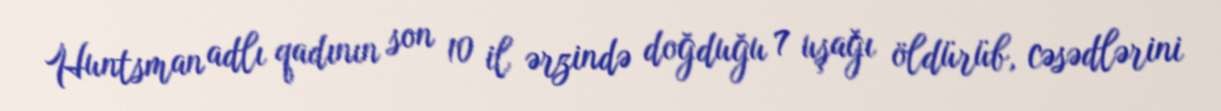
Huntsman adlı qadının son 10 il ərzində doğduğu 7 uşağı öldürüb, cəsədlərini